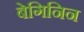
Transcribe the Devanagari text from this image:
बेगिनिन